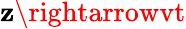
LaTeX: \mathbf{z}\rightarrowvt